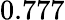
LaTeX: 0.777